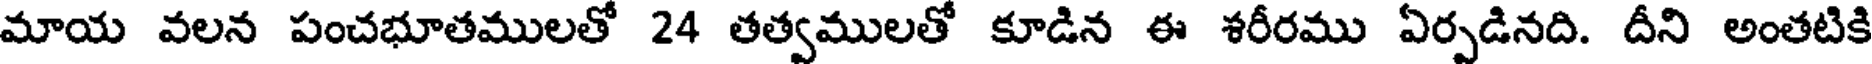
మాయ వలన పంచభూతములతో 24 తత్వములతో కూడిన ఈ శరీరము ఏర్పడినది. దీని అంతటికి